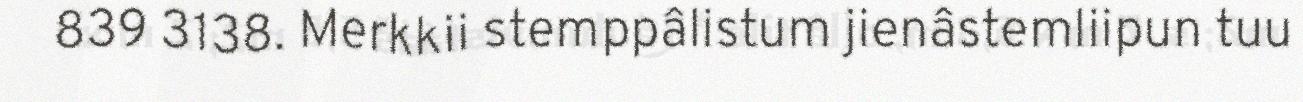
839 3138. Merkkii stemppâlistum jienâstemliipun tuu